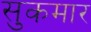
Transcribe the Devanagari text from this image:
सुकमार